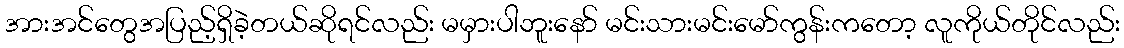
အားအင်တွေအပြည့်ရှိခဲ့တယ်ဆိုရင်လည်း မမှားပါဘူးနော် မင်းသားမင်းမော်ကွန်းကတော့ လူကိုယ်တိုင်လည်း